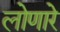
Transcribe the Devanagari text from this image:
लोणारे